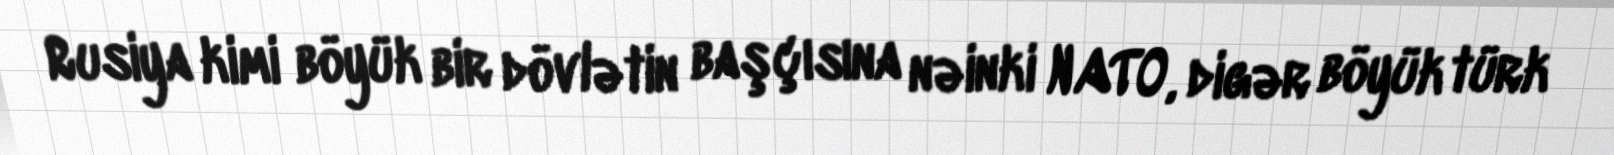
Rusiya kimi böyük bir dövlətin başçısına nəinki NATO, digər böyük türk